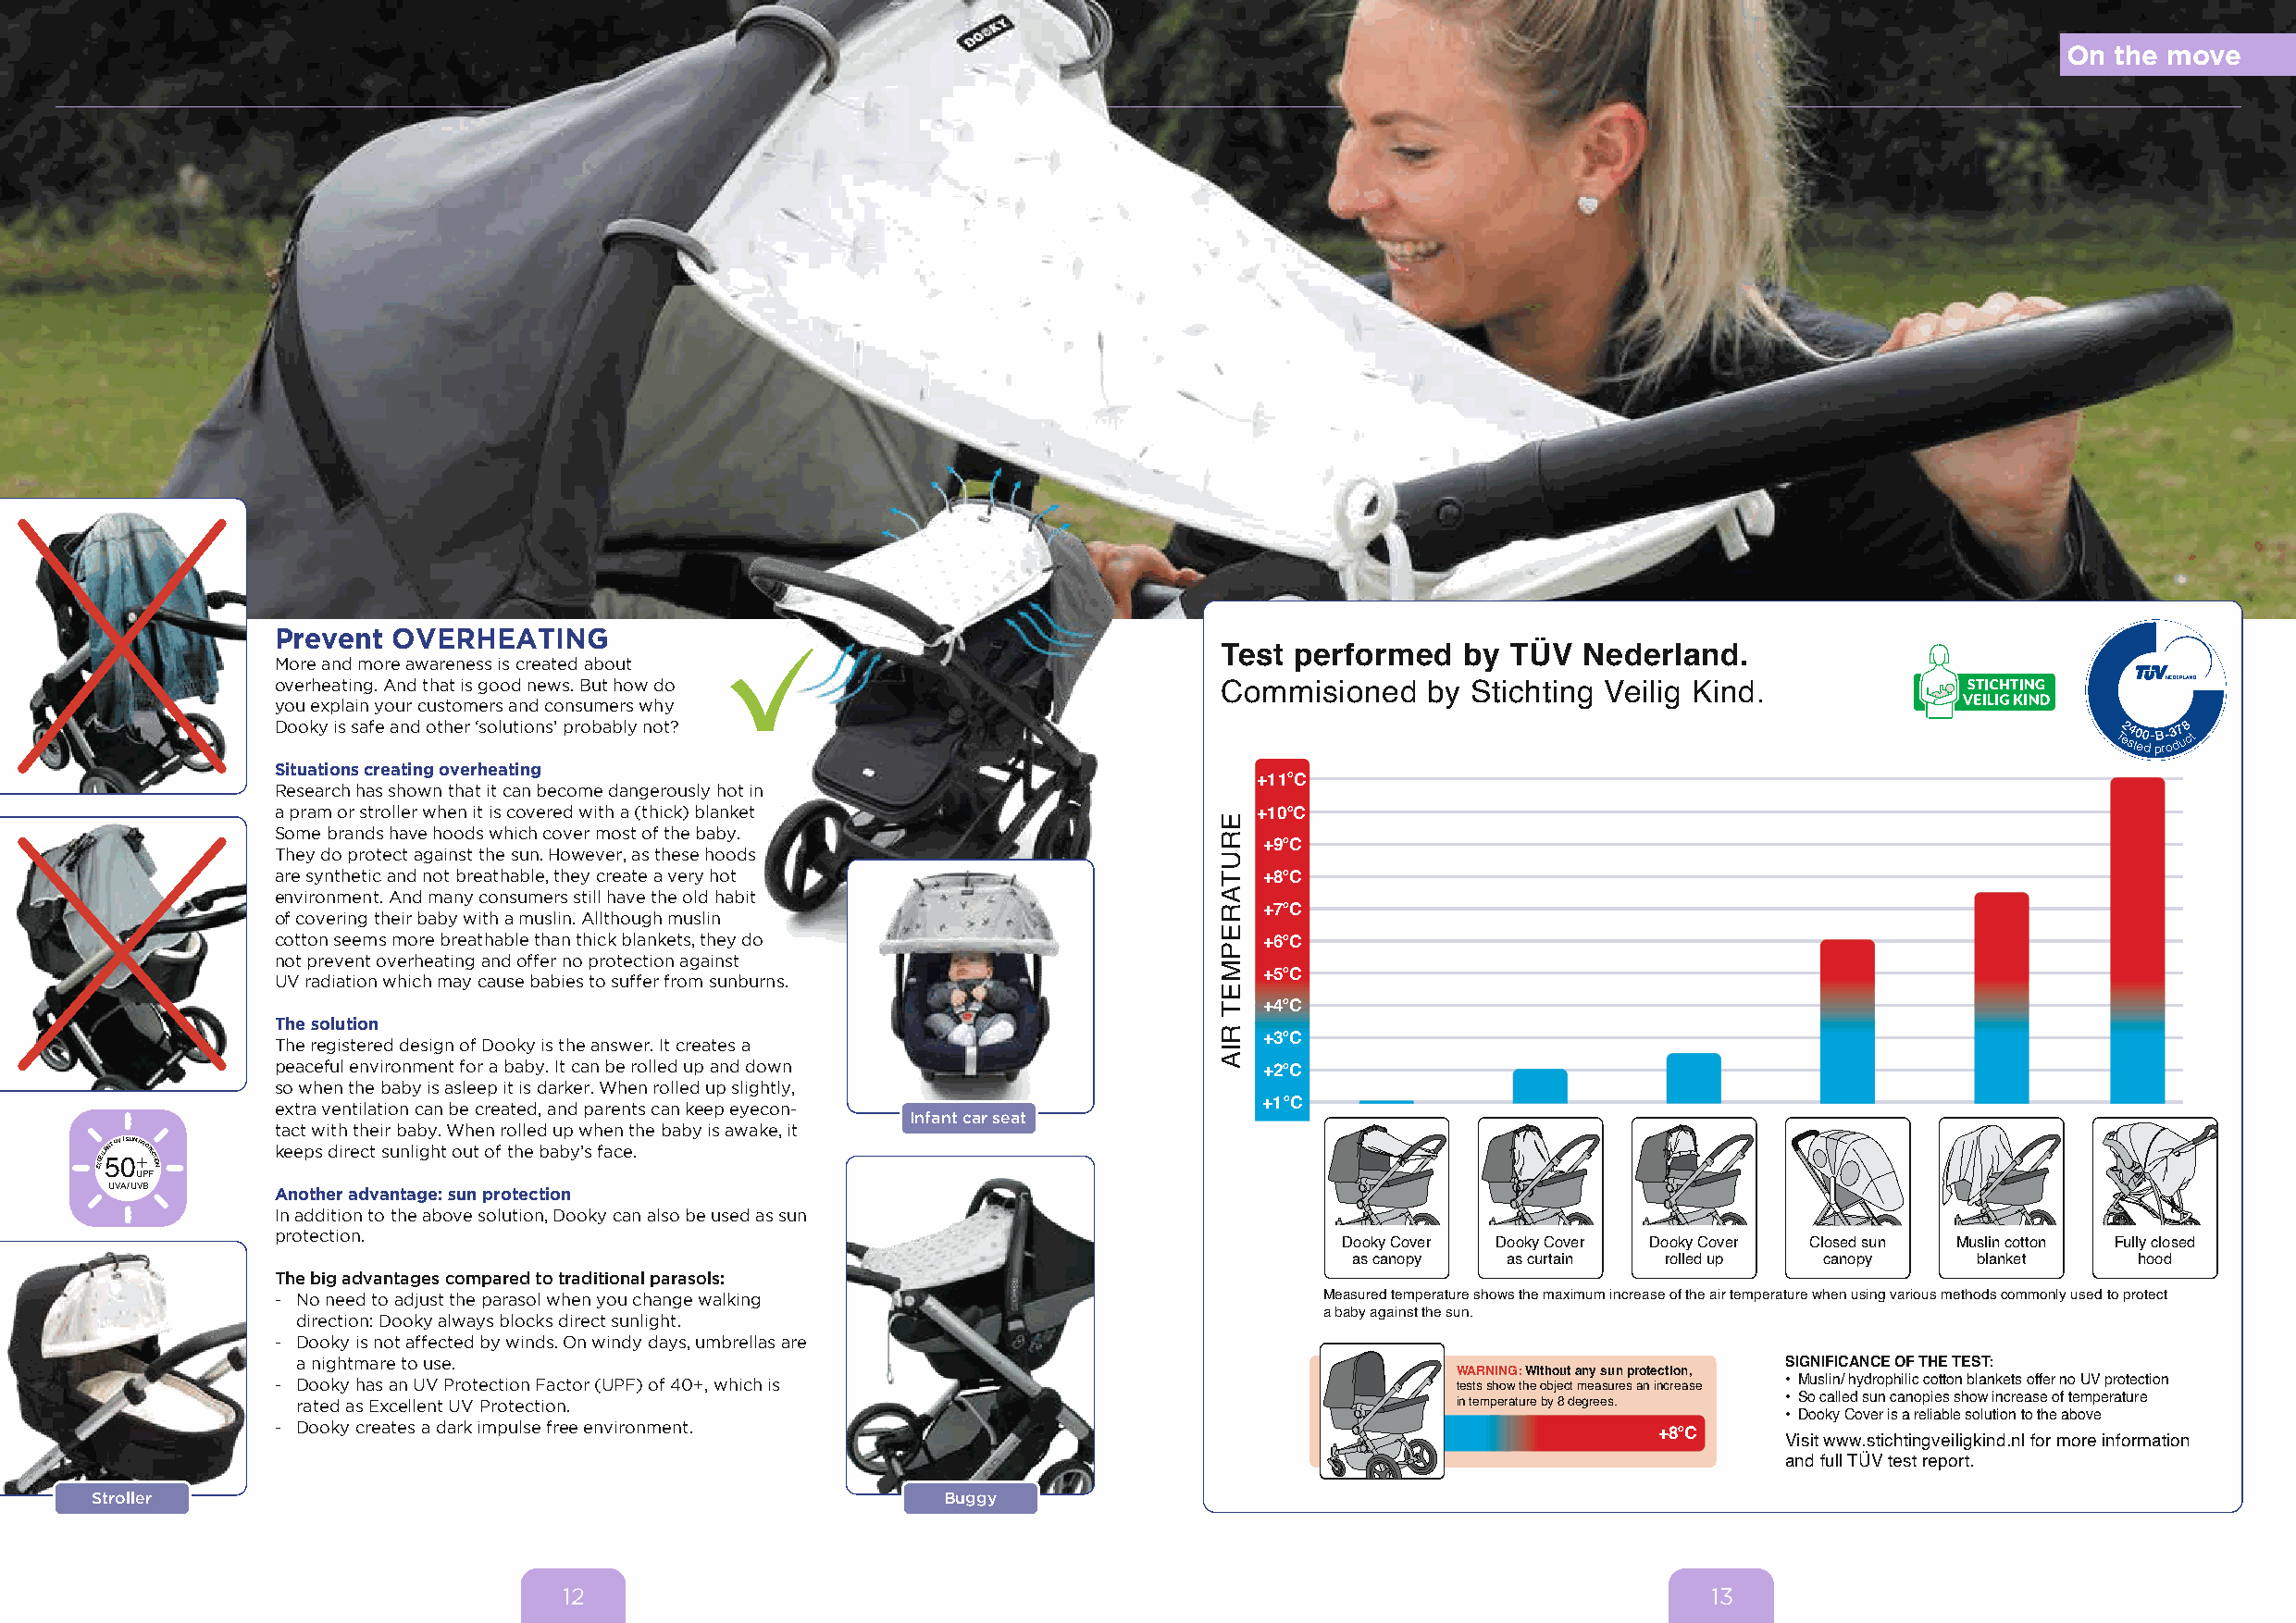
On the move
 Prevent OVERHEATING
 Test  performed   by TÜV  Nederland.
 More and more awareness is created about
 overheating. And that is good news. But how do
 Commisioned    by Stichting Veilig Kind.
 you explain your customers and consumers why
 Dooky is safe and other ‘solutions’ probably not?                                                                                  Te2 s4 t0 e0 d- pB r- o3 d7 u8 ct
 Situations creating overheating
 +11oC
 Research has shown that it can become dangerously hot in
 a pram or stroller when it is covered with a (thick) blanket          +10oC
 Some brands have hoods which cover most of the baby.
 They do protect against the sun. However, as these hoods
 +9oC
 are synthetic and not breathable, they create a very hot              +8oC
 environment. And many consumers still have the old habit
 of covering their baby with a muslin. Allthough muslin
 +7oC
 cotton seems more breathable than thick blankets, they do             +6oC
 not prevent overheating and offer no protection against
 UV radiation which may cause babies to suffer from sunburns.
 +5oC
 +4oC
 The solution
 The registered design of Dooky is the answer. It creates a            +3oC
 peaceful environment for a baby. It can be rolled up and down         +2oC
 so when the baby is asleep it is darker. When rolled up slightly,
 extra ventilation can be created, and parents can keep eyecon-        +1oC
 Infant car seat
 tact with their baby. When rolled up when the baby is awake, it
 EXCELL
 5ENT UV
 0
 / SUN
 +
 PROTECTION keeps direct sunlight out of the baby’s face.
 UPF
 UVA / UVB   Another advantage: sun protection
 In addition to the above solution, Dooky can also be used as sun
 protection.
 Dooky Cover Dooky Cover Dooky Cover Closed sun Muslin cotton Fully closed
 as canopy  as curtain rolled up  canopy     blanket     hood
 The big advantages compared to traditional parasols:
 - No need to adjust the parasol when you change walking                    Measured temperature shows the maximum increase of the air temperature when using various methods commonly used to protect
 direction: Dooky always blocks direct sunlight.                           a baby against the sun.
 - Dooky is not affected by winds. On windy days, umbrellas are
 a nightmare to use.                                                                                        SIGNIFICANCE OF THE TEST:
 WARNING: Without any sun protection,
 - Dooky has an UV Protection Factor (UPF) of 40+, which is                                                  • Muslin/ hydrophilic cotton blankets offer no UV protection
 tests show the object measures an increase
 rated as Excellent UV Protection.                                                  in temperature by 8 degrees. • So called sun canopies show increase of temperature
 • Dooky Cover is a reliable solution to the above
 - Dooky creates a dark impulse free environment.
 +8oC
 Visit www.stichtingveiligkind.nl for more information
 and full TÜV test report.
 Stroller                                                    Buggy
 12                                                                                13
 ERUTAREPMET
 RIA